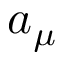
a _ { \mu }